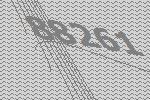
88261